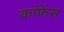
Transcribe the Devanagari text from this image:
कांफेंस